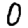
Digit: 0